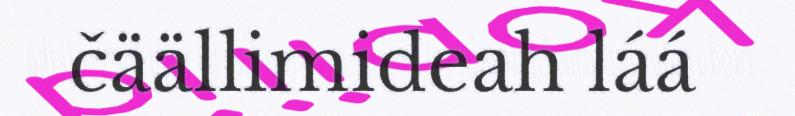
čäällimideah láá